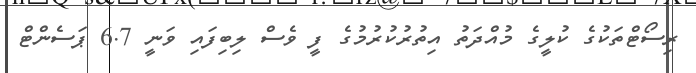
ރިސޯޓްތަކުގެ ކުލީގެ މުއްދަތު އިތުރުކުރުމުގެ ފީ ވެސް ލިބިފައި ވަނީ 6.7 ޕަސެންޓް